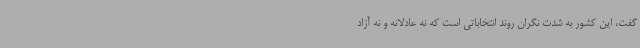
گفت، این کشور به شدت نگران روند انتخاباتی است که نه عادلانه و نه آزاد